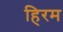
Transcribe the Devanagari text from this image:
हिरम